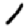
Digit: 1